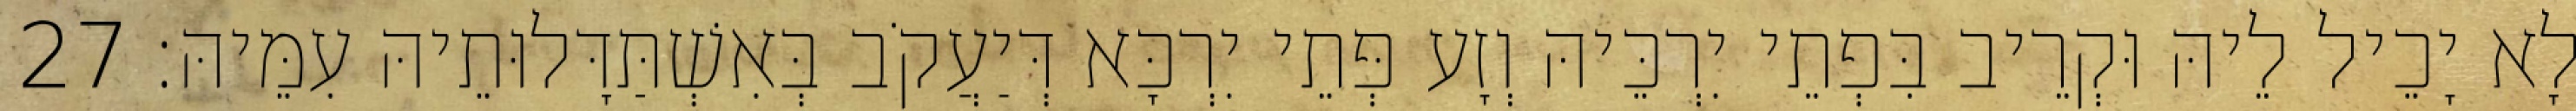
לָא יָכֵיל לֵיהּ וּקְרֵיב בִּפְתֵי יִרְכֵּיהּ וְזָע פְּתֵי יִרְכָּא דְּיַעֲקֹב בְּאִשְׁתַּדָּלוּתֵיהּ עִמֵּיהּ׃ 27